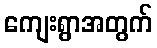
ကျေးရွာအတွက်